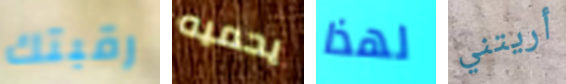
رقبتك يحميه لهذا أريتني